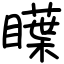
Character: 瞸